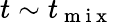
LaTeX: t\sim t_{\mathrm{~m~i~x~}}